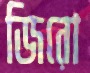
জিরো